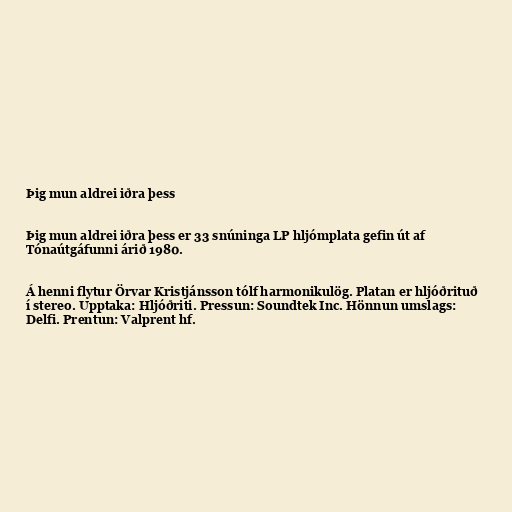
Þig mun aldrei iðra þess

Þig mun aldrei iðra þess er 33 snúninga LP hljómplata gefin út af
Tónaútgáfunni árið 1980.

Á henni flytur Örvar Kristjánsson tólf harmonikulög. Platan er hljóðrituð
í stereo. Upptaka: Hljóðriti. Pressun: Soundtek Inc. Hönnun umslags:
Delfi. Prentun: Valprent hf.